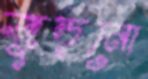
জুড়নো